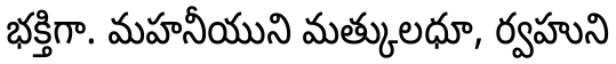
భక్తిగా. మహనీయుని మత్కులధూ, ర్వహుని